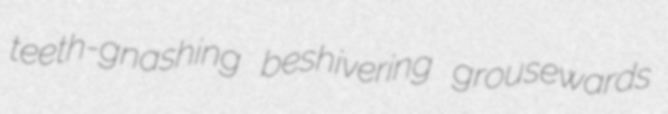
teeth-gnashing beshivering grousewards